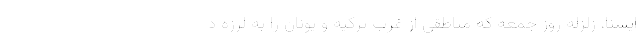
ایسنا، زلزله روز جمعه که مناطقی از غرب ترکیه و یونان را به لرزه د